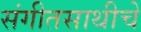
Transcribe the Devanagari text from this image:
संगीतसाथीचे